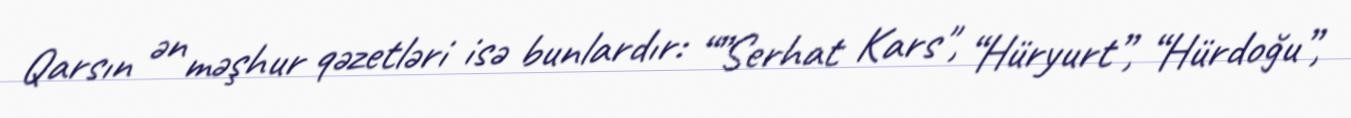
Qarsın ən məşhur qəzetləri isə bunlardır: “”Serhat Kars", “Hüryurt”, “Hürdoğu”,